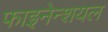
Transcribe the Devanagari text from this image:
फाइनेन्शयल